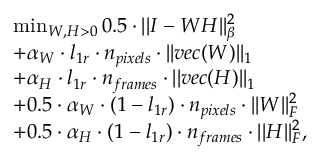
\begin{array} { r l } & { \operatorname* { m i n } _ { W , H > 0 } 0 . 5 \cdot | | I - W H | | _ { \beta } ^ { 2 } } \\ & { + \alpha _ { W } \cdot l _ { 1 r } \cdot n _ { p i x e l s } \cdot | | v e c ( W ) | | _ { 1 } } \\ & { + \alpha _ { H } \cdot l _ { 1 r } \cdot n _ { f r a m e s } \cdot | | v e c ( H ) | | _ { 1 } } \\ & { + 0 . 5 \cdot \alpha _ { W } \cdot ( 1 - l _ { 1 r } ) \cdot n _ { p i x e l s } \cdot | | W | | _ { F } ^ { 2 } } \\ & { + 0 . 5 \cdot \alpha _ { H } \cdot ( 1 - l _ { 1 r } ) \cdot n _ { f r a m e s } \cdot | | H | | _ { F } ^ { 2 } , } \end{array}